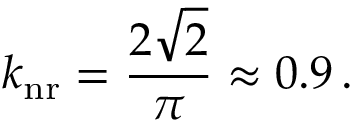
k _ { \mathrm { n r } } = \frac { 2 \sqrt { 2 } } { \pi } \approx 0 . 9 \, .